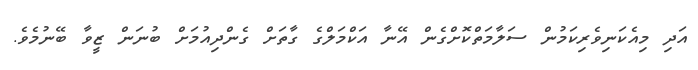
އަދި މިއެކަނިވެރިކަމުން ސަލާމަތްކޮށްގެން އޭނާ އަކްމަލްގެ ގާތަށް ގެންދިއުމަށް ބުނަން ޒީވާ ބޭނުމެވެ.